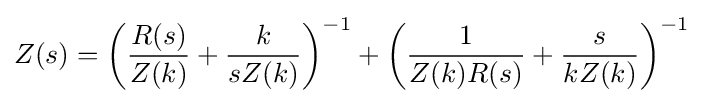
Z(s)=\left({\frac {R(s)}{Z(k)}}+{\frac {k}{sZ(k)}}\right)^{-1}+\left({\frac {1}{Z(k)R(s)}}+{\frac {s}{kZ(k)}}\right)^{-1}